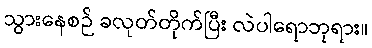
သွားနေစဉ် ခလုတ်တိုက်ပြီး လဲပါရောဘုရား။